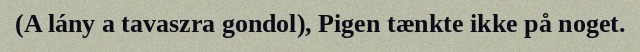
(A lány a tavaszra gondol), Pigen tænkte ikke på noget.